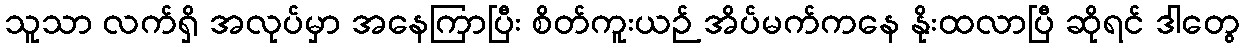
သူသာ လက်ရှိ အလုပ်မှာ အနေကြာပြီး စိတ်ကူးယဉ် အိပ်မက်ကနေ နိုးထလာပြီ ဆိုရင် ဒါတွေ